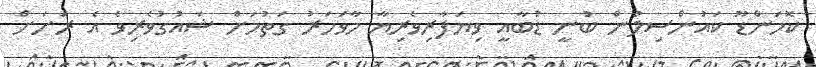
ކޮމަންޑޫ ކައުންސިލުން ބުނީ ޑުބާއީ ވިޔަފާރިވެރިޔާ މާވަހަރު ގަތުމަށް ޝައުގުވެރިވެ އެ ރަށަށް